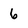
Character: 6